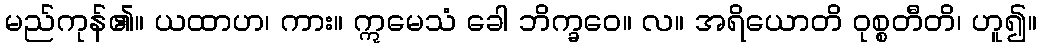
မည်ကုန်၏။ ယထာဟ၊ ကား။ ဣမေသံ ခေါ ဘိက္ခဝေ။ လ။ အရိယောတိ ဝုစ္စတီတိ၊ ဟူ၍။